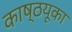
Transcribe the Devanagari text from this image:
काष्ठयूका